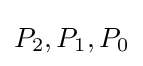
P_{2},P_{1},P_{0}